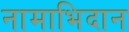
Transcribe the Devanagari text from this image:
नामाभिदान